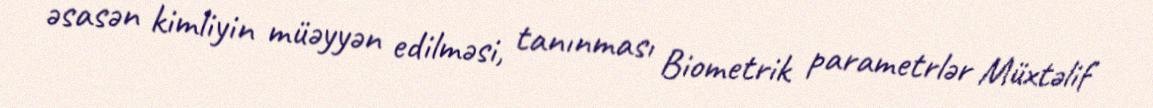
əsasən kimliyin müəyyən edilməsi, tanınması Biometrik parametrlər Müxtəlif